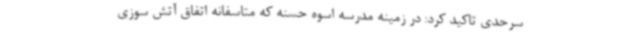
سرحدی تاکید کرد: در زمینه مدرسه اسوه حسنه که متاسفانه اتفاق آتش سوزی